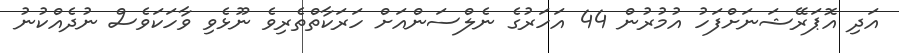
އަދި އޮޕަރޭޝަނަށްފަހު އުމުރުން 44 އަހަރުގެ ނެލްސަންއަށް ހަރަކާތްތެރިވެ ނޫޅެވި ވާހަކަވެސް ނުދެއްކުނު